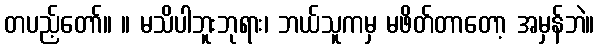
တပည့်တော်။ ။ မသိပါဘူးဘုရား၊ ဘယ်သူကမှ မဖိတ်တာတော့ အမှန်ဘဲ။